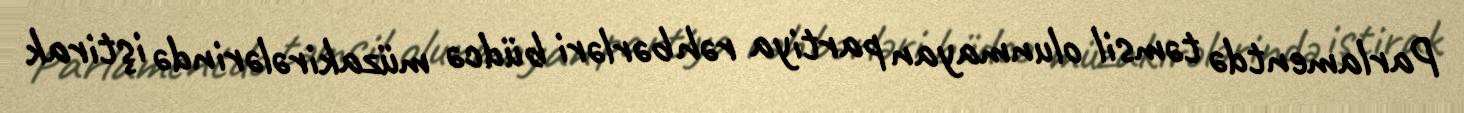
Parlamentdə təmsil olunmayan partiya rəhbərləri büdcə müzakirələrində iştirak